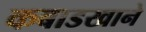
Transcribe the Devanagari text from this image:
कबाडखाने